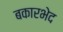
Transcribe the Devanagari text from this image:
बकारभेद